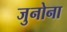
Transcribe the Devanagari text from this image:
जुनोना